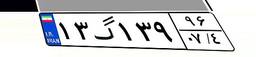
۵۶گ۳۸۹۱۸